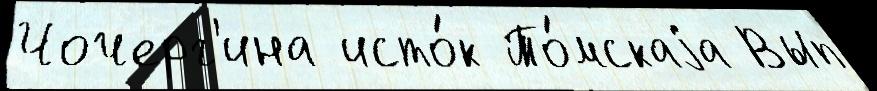
Чочерг'ина исто́к То́мскаjа Вып